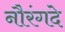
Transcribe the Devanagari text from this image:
नौरंगदे